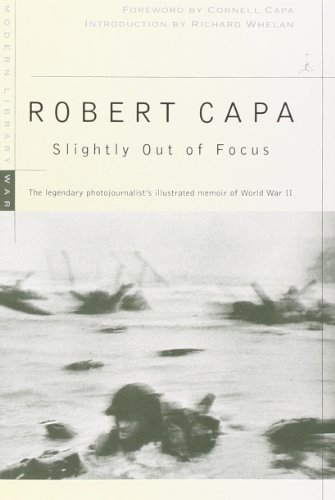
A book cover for Slightly Out of Focus (Modern Library War); Robert Capa; Arts & Photography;